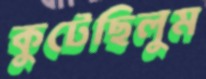
কুটেছিলুম